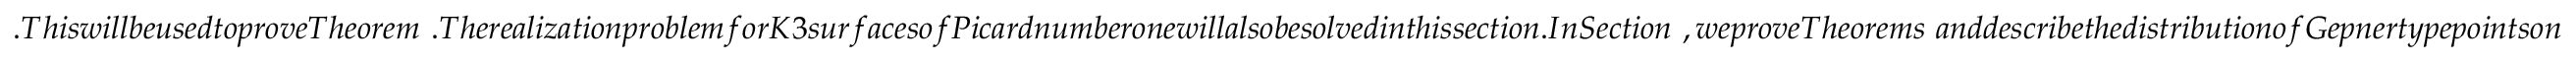
. T h i s w i l l b e u s e d t o p r o v e T h e o r e m ~ . T h e r e a l i z a t i o n p r o b l e m f o r K 3 s u r f a c e s o f P i c a r d n u m b e r o n e w i l l a l s o b e s o l v e d i n t h i s s e c t i o n . I n S e c t i o n ~ , w e p r o v e T h e o r e m s ~ a n d d e s c r i b e t h e d i s t r i b u t i o n o f G e p n e r t y p e p o i n t s o n